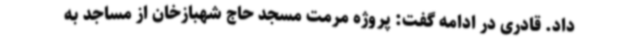
داد. قادری در ادامه گفت: پروژه مرمت مسجد حاج شهبازخان از مساجد به